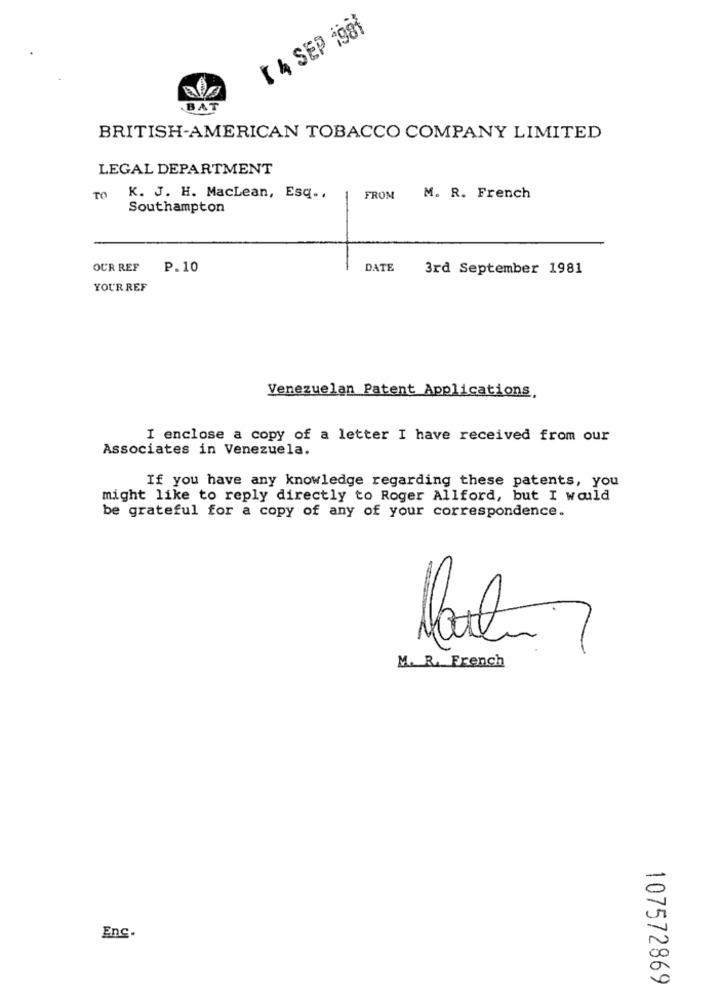
[ 4 SEP 1981
BAT
BRITISH-AMERICAN TOBACCO COMPANY LIMITED
LEGAL DEPARTMENT
TO
K. J. H. MacLean, Esq ..
FROM
M. R. French
Southampton
-
OCR REF P.10
DATE
3rd September 1981
YOUR REF
Venezuelan Patent Applications,
I enclose a copy of a letter I have received from our
Associates in Venezuela.
If you have any knowledge regarding these patents, you
might like to reply directly to Roger Allford, but I would
be grateful for a copy of any of your correspondence.
M. R. French
Enc.
107572869